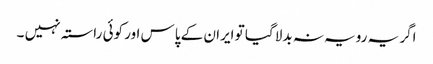
اگر یہ رویہ نہ بدلا گیا تو ایران کے پاس اور کوئی راستہ نہیں ۔